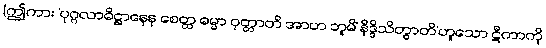
(ဤကား ‘ပုဂ္ဂလာဓိဋ္ဌာနေန စေတ္ထ ဓမ္မာ ဝုတ္တာတိ အာဟ ဘူမိံ နိဒ္ဒိသိတွာတိ’ဟူသော ဋီကာကို